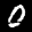
Label: 0